Indian journal of veterinary science and animal husbandry - Volumes 15-17, 1948-1951
Year: 1948
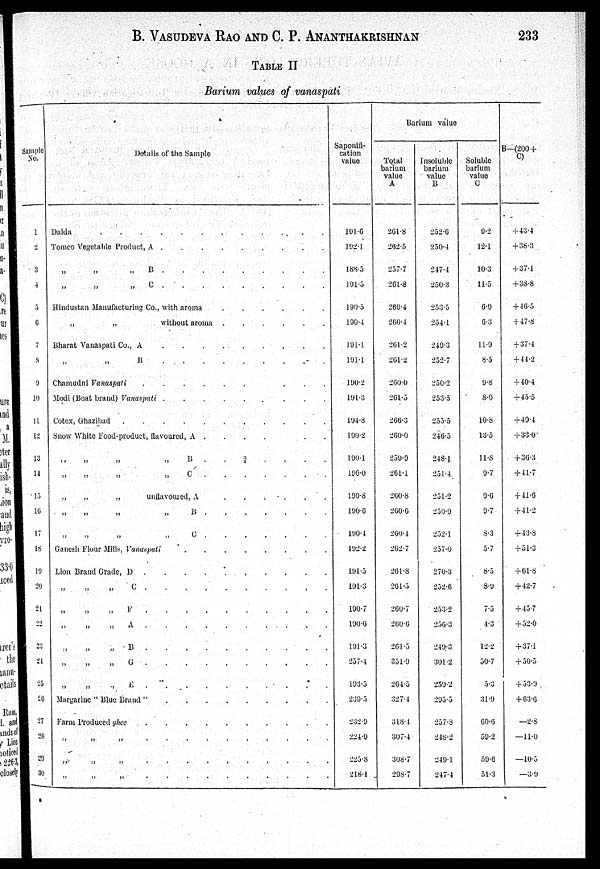
B. VASUDEVA RAO AND C. P.
ANANTHAKRISHNAN
233
TABLE II
Barium values of vanaspati
Sample
No.
1
2
3
4
5
6
7
8
9
10
11
12
13
14
15
16
17
18
19
20
21
22
23
24
25
26
27
28
29
30
Details of the Sample
Dalda
Tomco Vegetable Product, A
„ „
„
B
„ „ „ C
Hindustan Manufacturing Co., with aroma
„
„
without aroma
......
Bharat Vanaspati Co., A
„ „ B
Chamudni Vanaspati
...
Modi (Boat brand) Vanaspati ......
...
Cotex, Ghazibad
Snow White Food-product, flavoured, A .
.
.
„ „ „ „ „ „ B ¾ ....
„
„
C
„
„
„
unllavoured, A
„
„ „ B
„
„
„
„
C
Gunesh Flour Mills, Vanaspati
Lion Brand Grade, D
„ „ „ C
„ „ „ F
„ „ „ A
„
„
„
B
„ „ „ C
„
„ „ E
Margarine " Blue Brand "
Farm
Produced
ghee
„ „ „ ..........
....
„ „ „ .........
Saponifi-
cation
value
191.6
192.1
188.5
191.5
190.5
190.4
191.1
191.1
190.2
191.3
194.8
190.2
190.1
190.0
190.8
190.6
190.4
192.2
191.5
191.3
190.7
190.6
191.3
257.4
193.5
239.5
232.9
224.9
225.8
218.1
Barium value
Total
barium
value
A
261.8
262.5
257.7
261.8
260.4
260.4
261.2
261.2
260.0
261.5
266.3
260.0
259.9
261.1
260.8
260.6
260.4
262.7
261.8
261.5
260.7
260.6
261.5
351.9
264.5
327.4
318.4
307.4
308.7
298.7
Insoluble
barium
value
B
252.6
250.4
247.4
250.3
253.5
254.1
219.3
252.7
250.2
253.5
255.5
246.5
248.1
251.4
251.2
250.9
252.1
257.0
270.3
252.6
253.2
256.3
249.3
301.2
259.2
295.5
257.8
248.2
249.1
247.4
Soluble
barium
value
C
9.2
12.1
10.3
11.5
6.9
6.3
11.9
8.5
9.8
8.0
10.8
13.5
11.8
9.7
9.6
9.7
8.3
5.7
8.5
8.9
7.5
4.3
12.2
50.7
5.3
31.9
60.6
59.2
59.6
51.3
B—(200+
C)
+43.4
+38.3
+ 37.1
+ 38.8
+46.5
+ 47.8
+37.4
+ 44.2
+40.4
+45.5
+49.4
+33.0
+30.3
+41.7
+41.6
+ 41.2
+43.8
+51.3
+61.8
+42.7
+45.7
+52.0
+37.1
+50.5
+53.9
+63.6
—2.8
—11.0
—10.5
—3.9